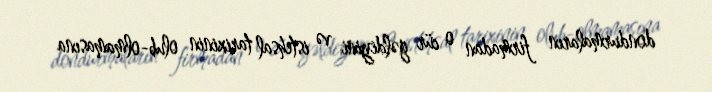
dondurmaların firmadan o cür gəldiyini və istehsal tarixinin olub-olmamasına